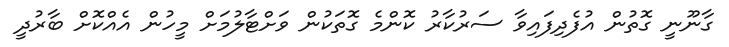
ގާނޫނީ ގޮތުން އުފެދިފައިވާ ސަރުކާރު ކޮންމެ ގޮތަކުން ވަށްޓާލުމަށް މީހުން އެއްކޮށް ބާރުދީ